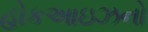
હોકઆઇઝનો